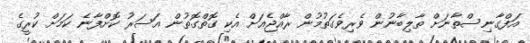
އަފްގާނިސްތާނަށް ތާލިބާނުން ވެރިވެގަތުމުން ރާއްޖެއަށް އެކި ގޮތްގޮތުން އަސަރު ކޮށްފާނެ ކަމަށް ކުރީގެ